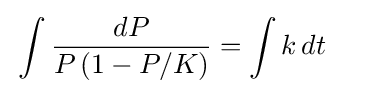
{\begin{aligned}&\int {\frac {dP}{P\left(1-P/K\right)}}=\int k\,dt\end{aligned}}